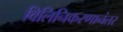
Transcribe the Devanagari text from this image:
विलिनिकरणानंतर